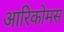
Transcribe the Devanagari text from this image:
आरिकोमस